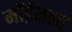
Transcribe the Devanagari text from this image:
मॉईनला